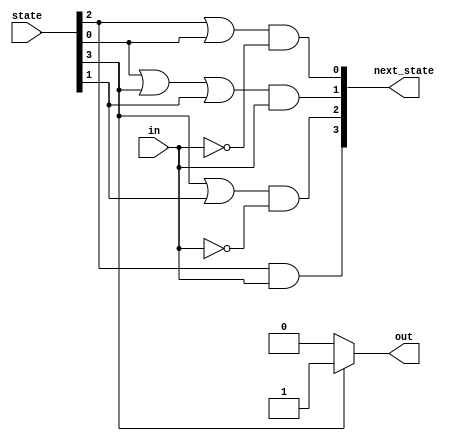
// What does "derive equations by inspection" mean?
// One-hot state machine encoding guarantees that exactly one state bit is 1. 
// This means that it is possible to determine whether the state machine is in a particular 
// state by examining only one state bit, not all state bits. This leads to simple logic equations 
// for the state transitions by examining the incoming edges for each state in the state transition diagram.

module top_module(
    input in,
    input [3:0] state,
    output [3:0] next_state,
    output out); //

    parameter A=0, B=1, C=2, D=3;

    // State transition logic: Derive an equation for each state flip-flop.
    assign next_state[A] = (state[C] | state[A]) & (~in);
    assign next_state[B] = (state[A] | state[D] | state[B]) & in;
    assign next_state[C] = (state[D] | state[B]) & !in;
    assign next_state[D] = state[C] & in;

    // Output logic: 
    assign out = state[D] ? 1 : 0;

endmodule